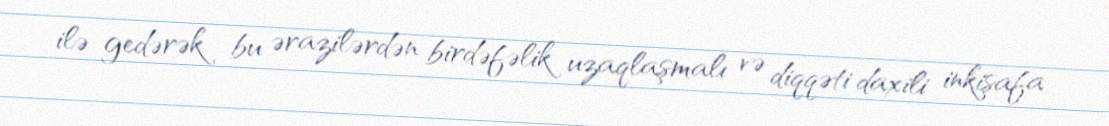
ilə gedərək bu ərazilərdən birdəfəlik uzaqlaşmalı və diqqəti daxili inkişafa